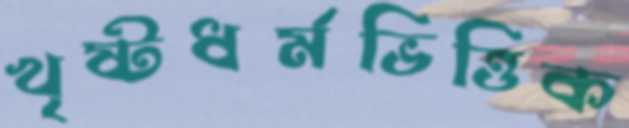
খৃষ্টধর্মভিত্তিক